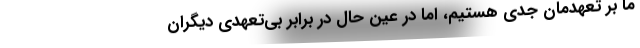
ما بر تعهدمان جدی هستیم، امّا در عین‌ حال در برابر بی‌تعهدی دیگران